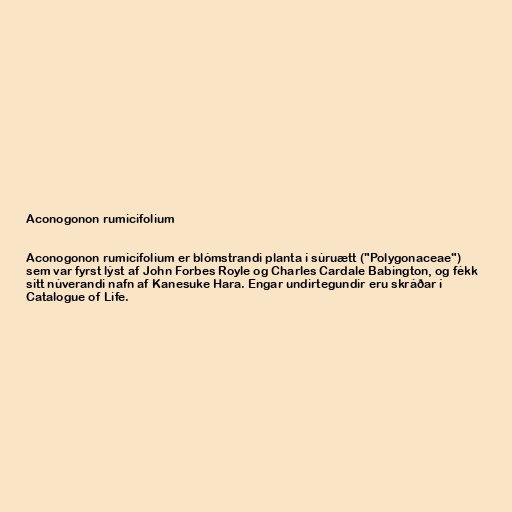
Aconogonon rumicifolium

Aconogonon rumicifolium er blómstrandi planta í súruætt ("Polygonaceae")
sem var fyrst lýst af John Forbes Royle og Charles Cardale Babington, og fékk
sitt núverandi nafn af Kanesuke Hara. Engar undirtegundir eru skráðar í
Catalogue of Life.